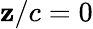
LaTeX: \mathbf{z}/c=0